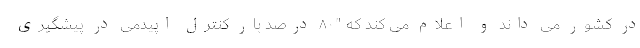
در کشور می داند و اعلام می کند که "۸۰ درصد بار کنترل اپیدمی در پیشگیری